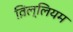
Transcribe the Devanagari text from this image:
व़िल्लियम